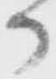
か